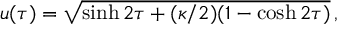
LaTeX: u ( \tau ) = \sqrt { \sinh { 2 \tau } + ( \kappa / 2 ) ( 1 - \cosh { 2 \tau } ) } \, ,